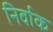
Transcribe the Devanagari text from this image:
निर्वाक